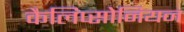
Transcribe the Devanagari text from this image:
कैलिप्सोनियन